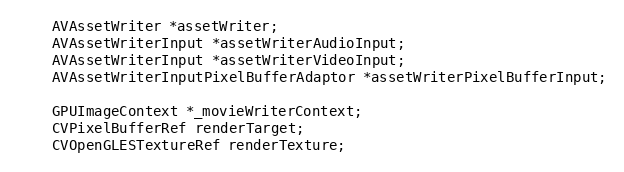
Language: C
	AVAssetWriter *assetWriter;
	AVAssetWriterInput *assetWriterAudioInput;
	AVAssetWriterInput *assetWriterVideoInput;
    AVAssetWriterInputPixelBufferAdaptor *assetWriterPixelBufferInput;

    GPUImageContext *_movieWriterContext;
    CVPixelBufferRef renderTarget;
    CVOpenGLESTextureRef renderTexture;